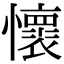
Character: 懷